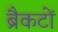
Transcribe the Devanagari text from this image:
ब्रैकटों